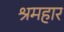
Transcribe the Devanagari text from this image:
श्रमहार